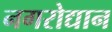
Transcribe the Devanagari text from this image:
नगरोद्यान